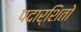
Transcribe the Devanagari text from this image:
पदार्शितो